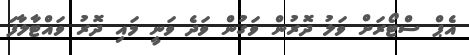
އެޕް ސްޓޯރަށް ވަލު ދޮރުން ވަގުން ވަދެ ވަނީ މައި ދޮރު ވައްޓާލާފަ